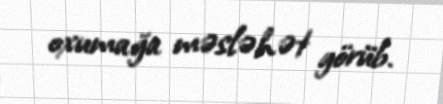
oxumağa məsləhət görüb.